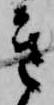
き